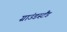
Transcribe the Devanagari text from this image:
ग्राउंडस्टैंड